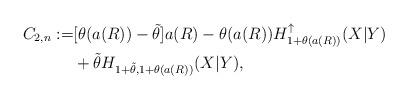
LaTeX: \begin{align*}C_{2,n}:=&[\theta(a(R )) - \tilde{\theta}] a(R ) - \theta(a(R )) H_{1+\theta(a(R ))}^\uparrow(X|Y) \\& + \tilde{\theta} H_{1+\tilde{\theta},1+\theta(a(R ))}(X|Y) ,\end{align*}